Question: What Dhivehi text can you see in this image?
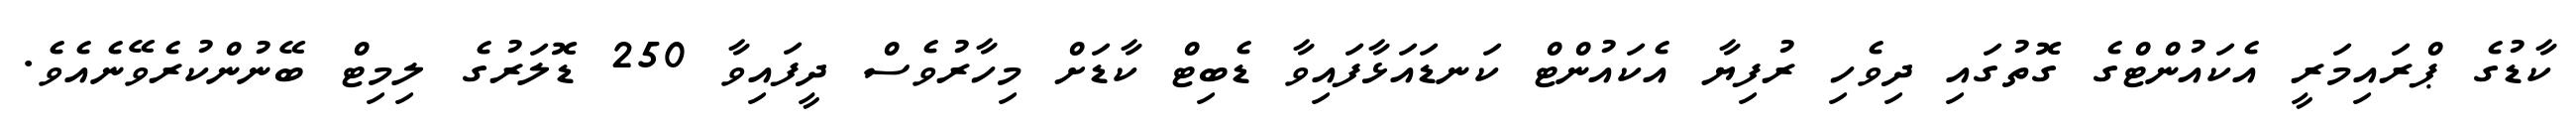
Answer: ކާޑުގެ ޕްރައިމަރީ އެކައުންޓްގެ ގޮތުގައި ދިވެހި ރުފިޔާ އެކައުންޓް ކަނޑައަޅާފައިވާ ޑެބިޓް ކާޑަށް މިހާރުވެސް ދީފައިވާ 250 ޑޮލަރުގެ ލިމިޓް ބޭނުންކުރެވޭނެއެވެ.